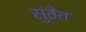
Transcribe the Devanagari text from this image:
सुंठेत